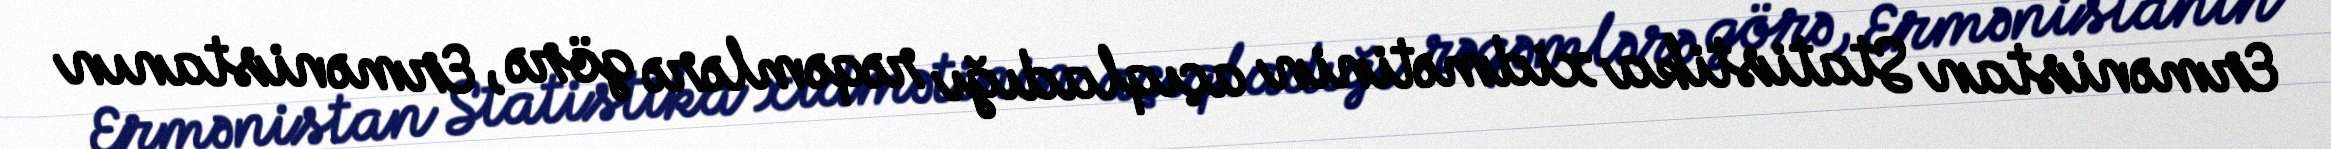
Ermənistan Statistika xidmətinin açıqladığı rəqəmlərə görə, Ermənistanın